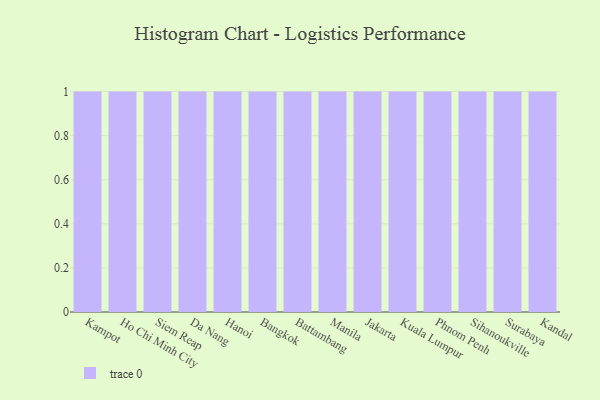
{"axis": {"x": "City", "y": "LTV (USD)"}, "legend": [""], "data": [{"x": "Kampot", "y": 77, "type": ""}, {"x": "Ho Chi Minh City", "y": 37, "type": ""}, {"x": "Siem Reap", "y": 77, "type": ""}, {"x": "Da Nang", "y": 9, "type": ""}, {"x": "Hanoi", "y": 31, "type": ""}, {"x": "Bangkok", "y": 81, "type": ""}, {"x": "Battambang", "y": 8, "type": ""}, {"x": "Manila", "y": 59, "type": ""}, {"x": "Jakarta", "y": 84, "type": ""}, {"x": "Kuala Lumpur", "y": 91, "type": ""}, {"x": "Phnom Penh", "y": 36, "type": ""}, {"x": "Sihanoukville", "y": 75, "type": ""}, {"x": "Surabaya", "y": 61, "type": ""}, {"x": "Kandal", "y": 23, "type": ""}]}